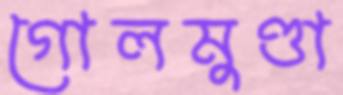
গোলমুণ্ডা